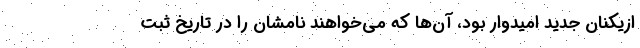
ازیکنان جدید امیدوار بود، آن‌ها که می‌خواهند نامشان را در تاریخ ثبت